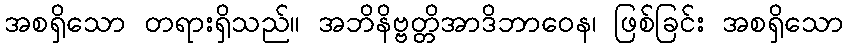
အစရှိသော တရားရှိသည်။ အဘိနိဗ္ဗတ္တိအာဒိဘာဝေန၊ ဖြစ်ခြင်း အစရှိသော